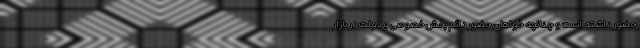
حضور داشته ‌است و چنانچه خواهان حضور دائم بخش خصوصی و دولت در بازار